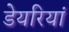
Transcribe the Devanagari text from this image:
डेयरियां